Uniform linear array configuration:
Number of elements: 24
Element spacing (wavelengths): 1
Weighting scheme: blackman
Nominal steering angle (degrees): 0
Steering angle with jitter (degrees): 0.416
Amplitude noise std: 0.05
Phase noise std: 0.05

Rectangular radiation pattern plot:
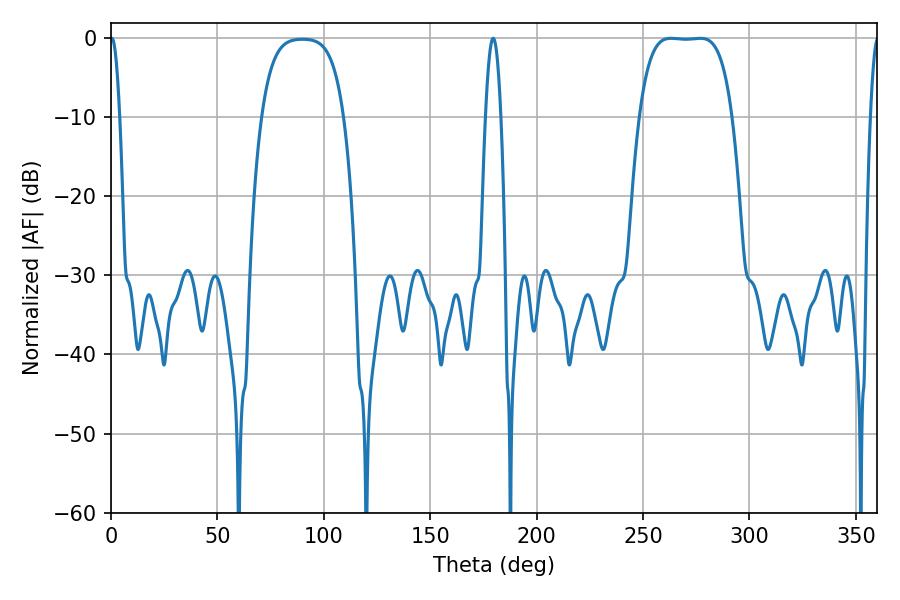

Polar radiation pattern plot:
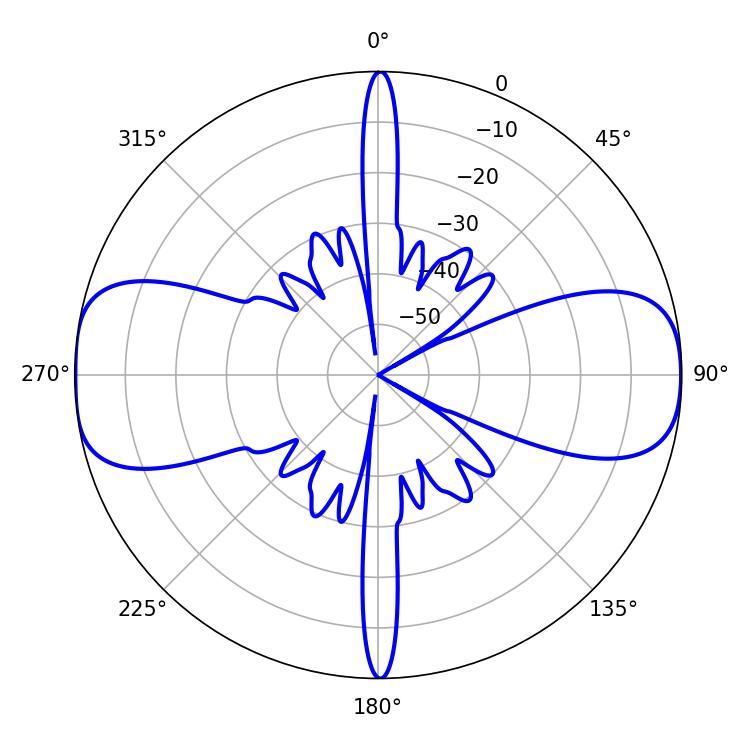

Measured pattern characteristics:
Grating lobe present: TRUE
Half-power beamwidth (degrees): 33.48
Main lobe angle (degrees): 263.16